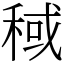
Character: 稢